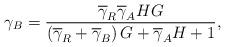
LaTeX: \begin{align*}\gamma_B = {{{{\overline \gamma }_R}{{\overline \gamma }_A}HG} \over {\left( {{{\overline \gamma }_R} + {{\overline \gamma }_B}} \right)G + {{\overline \gamma }_A}H + 1}},\end{align*}